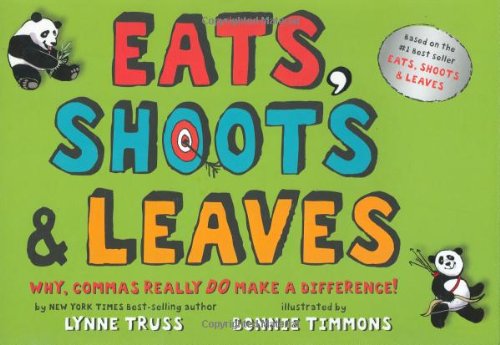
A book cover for Eats, Shoots & Leaves: Why, Commas Really Do Make a Difference!; Lynne Truss; Children's Books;